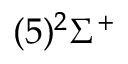
( 5 ) ^ { 2 } \Sigma ^ { + }